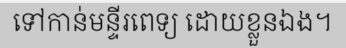
ទៅកាន់មន្ទីរពេទ្យ ដោយខ្លួនឯង។